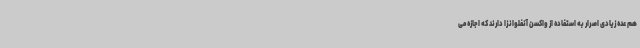
هم عده زیادی اصرار به استفاده از واکسن آنفلوانزا دارند که اجازه می